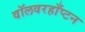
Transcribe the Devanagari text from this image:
वॉलवरहाँप्टन